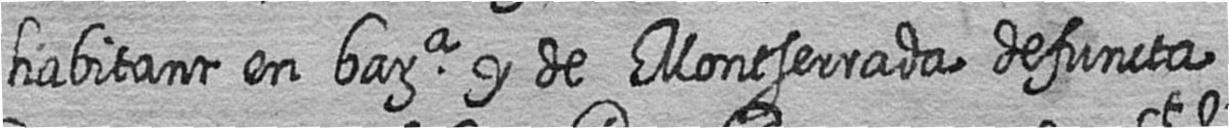
habitant en bara y de Montserrada defuncta